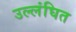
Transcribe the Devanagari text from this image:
उल्लंघित